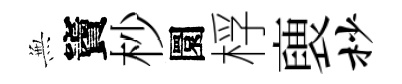
𭴾竇杪圜桴褏杪